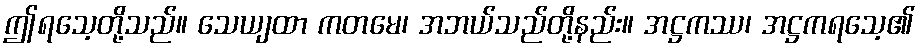
ဤရသေ့တို့သည်။ သေယျထာ ကတမေ၊ အဘယ်သည်တို့နည်း။ အဋ္ဌကဿ၊ အဋ္ဌကရသေ့၏